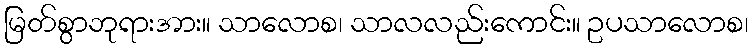
မြတ်စွာဘုရားအား။ သာလောစ၊ သာလလည်းကောင်း။ ဥပသာလောစ၊